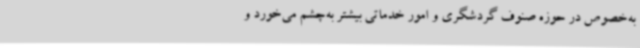
به‌خصوص در حوزه صنوف گردشگری و امور خدماتی بیشتر به‌چشم می‌خورد و